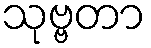
သုဗ္ဗတာ